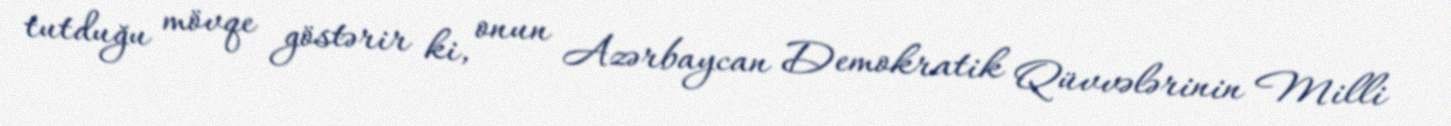
tutduğu mövqe göstərir ki, onun Azərbaycan Demokratik Qüvvələrinin Milli